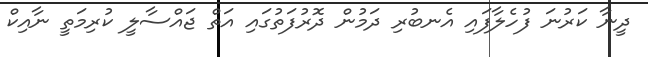
ދީނާ ކަރުނަ ފުހެލާފައި އެނބުރި ދަމުން ދޮރުފަތުގައި އަތް ޖައްސާލީ ކުރިމަތީ ނާއިކް